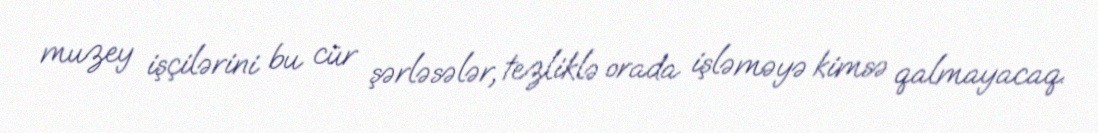
muzey işçilərini bu cür şərləsələr, tezliklə orada işləməyə kimsə qalmayacaq.